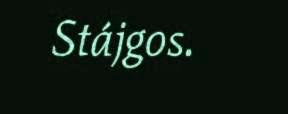
Stájgos.